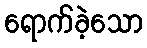
ရောက်ခဲ့သော